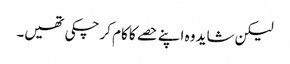
لیکن شاید وہ اپنے حصے کا کام کر چکی تھیں۔